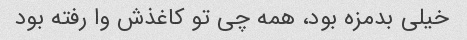
خیلی بدمزه بود، همه چی تو کاغذش وا رفته بود